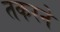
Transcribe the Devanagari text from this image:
तकरने